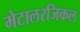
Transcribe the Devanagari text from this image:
मेटालरजिकल